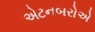
એટનબરોએ